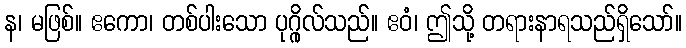
န၊ မဖြစ်။ ဧကော၊ တစ်ပါးသော ပုဂ္ဂိုလ်သည်။ ဧဝံ၊ ဤသို့ တရားနာရသည်ရှိသော်။